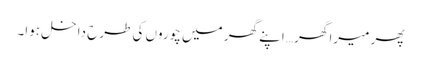
پھر میرا گھر… اپنے گھر میں چوروں کی طرح داخل ہوا۔